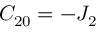
C _ { 2 0 } = - J _ { 2 }